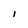
Character: 1